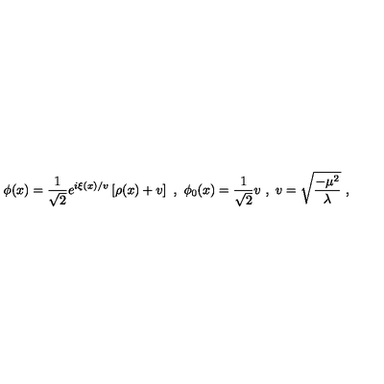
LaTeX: \phi ( x ) = \frac { 1 } { \sqrt { 2 } } e ^ { i \xi ( x ) / v } \left[ \rho ( x ) + v \right] \ , \ \phi _ { 0 } ( x ) = \frac { 1 } { \sqrt { 2 } } v \ , \ v = \sqrt { \frac { - \mu ^ { 2 } } { \lambda } } \ ,